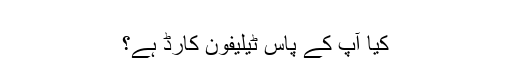
‬
‫کیا آپ کے پاس ٹیلیفون کارڈ ہے؟